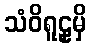
သံဝိရူဠှမှိ